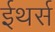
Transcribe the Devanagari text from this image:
ईथर्स